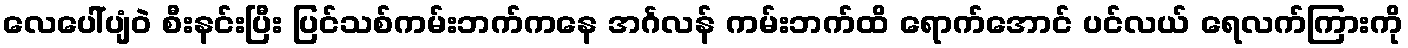
လေပေါ်ပျံဝဲ စီးနင်းပြီး ပြင်သစ်ကမ်းဘက်ကနေ အင်္ဂလန် ကမ်းဘက်ထိ ရောက်အောင် ပင်လယ် ရေလက်ကြားကို